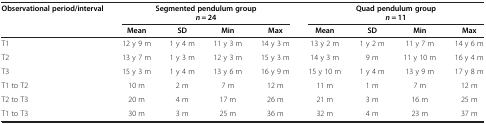
<table><thead><tr><td><b>Observational period/interval</b></td><td colspan="4"><b>Segmented pendulum group<i>n</i> = 24</b></td><td colspan="4"><b>Quad pendulum group<i>n</i> = 11</b></td></tr><tr><td></td><td><b>Mean</b></td><td><b>SD</b></td><td><b>Min</b></td><td><b>Max</b></td><td><b>Mean</b></td><td><b>SD</b></td><td><b>Min</b></td><td><b>Max</b></td></tr></thead><tbody><tr><td>T1</td><td>12 y 9 m</td><td>1 y 4 m</td><td>11 y 3 m</td><td>14 y 3 m</td><td>13 y 2 m</td><td>1 y 2 m</td><td>11 y 7 m</td><td>14 y 6 m</td></tr><tr><td>T2</td><td>13 y 7 m</td><td>1 y 3 m</td><td>12 y 3 m</td><td>15 y 3 m</td><td>14 y 3 m</td><td>9 m</td><td>11 y 10 m</td><td>16 y 4 m</td></tr><tr><td>T3</td><td>15 y 3 m</td><td>1 y 4 m</td><td>13 y 6 m</td><td>16 y 9 m</td><td>15 y 10 m</td><td>1 y 4 m</td><td>13 y 9 m</td><td>17 y 8 m</td></tr><tr><td>T1 to T2</td><td>10 m</td><td>2 m</td><td>7 m</td><td>12 m</td><td>11 m</td><td>1 m</td><td>7 m</td><td>12 m</td></tr><tr><td>T2 to T3</td><td>20 m</td><td>4 m</td><td>17 m</td><td>26 m</td><td>21 m</td><td>3 m</td><td>16 m</td><td>25 m</td></tr><tr><td>T1 to T3</td><td>30 m</td><td>3 m</td><td>25 m</td><td>36 m</td><td>32 m</td><td>4 m</td><td>23 m</td><td>37 m</td></tr></tbody></table>